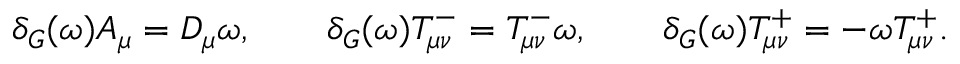
\delta _ { G } ( \omega ) A _ { \mu } = D _ { \mu } \omega , \qquad \delta _ { G } ( \omega ) T _ { \mu \nu } ^ { - } = T _ { \mu \nu } ^ { - } \omega , \qquad \delta _ { G } ( \omega ) T _ { \mu \nu } ^ { + } = - \omega T _ { \mu \nu } ^ { + } .